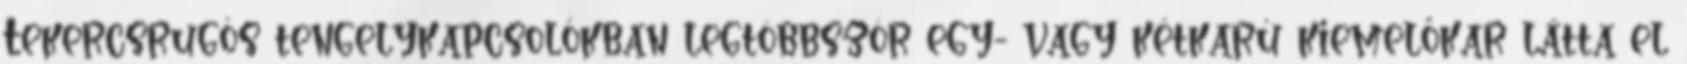
Tekercsrugós tengelykapcsolókban legtöbbször egy- vagy kétkarú kiemelőkar látta el